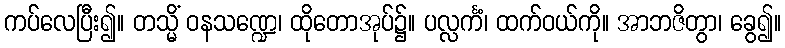
ကပ်လေပြီး၍။ တသ္မိံ ဝနသဏ္ဍေ၊ ထိုတောအုပ်၌။ ပလ္လင်္ကံ၊ ထက်ဝယ်ကို။ အာဘဇိတွာ၊ ခွေ၍။